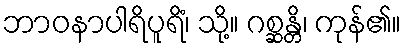
ဘာဝနာပါရိပူရိံ၊ သို့။ ဂစ္ဆန္တိ၊ ကုန်၏။